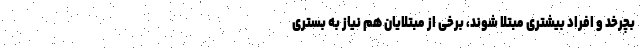
بچرخد و افراد بیشتری مبتلا شوند، برخی از مبتلایان هم نیاز به بستری